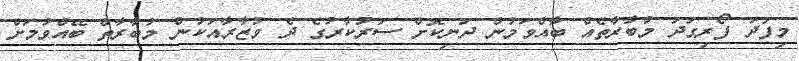
މިފަދަ ފޯރިގަދަ މުބާރާތެއް ބާއްވަމުން ދަނިކޮށް ސަރުކާރުގެ ދެ ވުޒާރާއަކުން މުބާރާތް ބޭއްވުމަށް